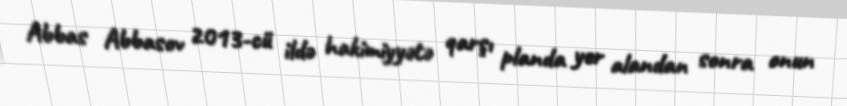
Abbas Abbasov 2013-cü ildə hakimiyyətə qarşı planda yer alandan sonra onun